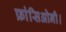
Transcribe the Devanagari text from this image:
फ्रांसिओनी।